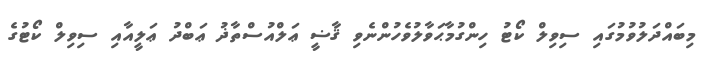
މިބައްދަލުވުމުގައި ސިވިލް ކޯޓު ހިންގުމާޙަވާލުވެހުންނެވި ޤާޟީ ޢަލްއުސްތާޛު ޢަބްދު ޢަލީއާއި ސިވިލް ކޯޓުގެ